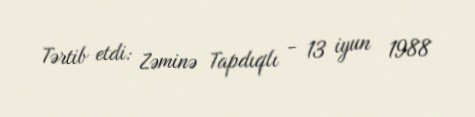
Tərtib etdi: Zəminə Tapdıqlı - 13 iyun 1988